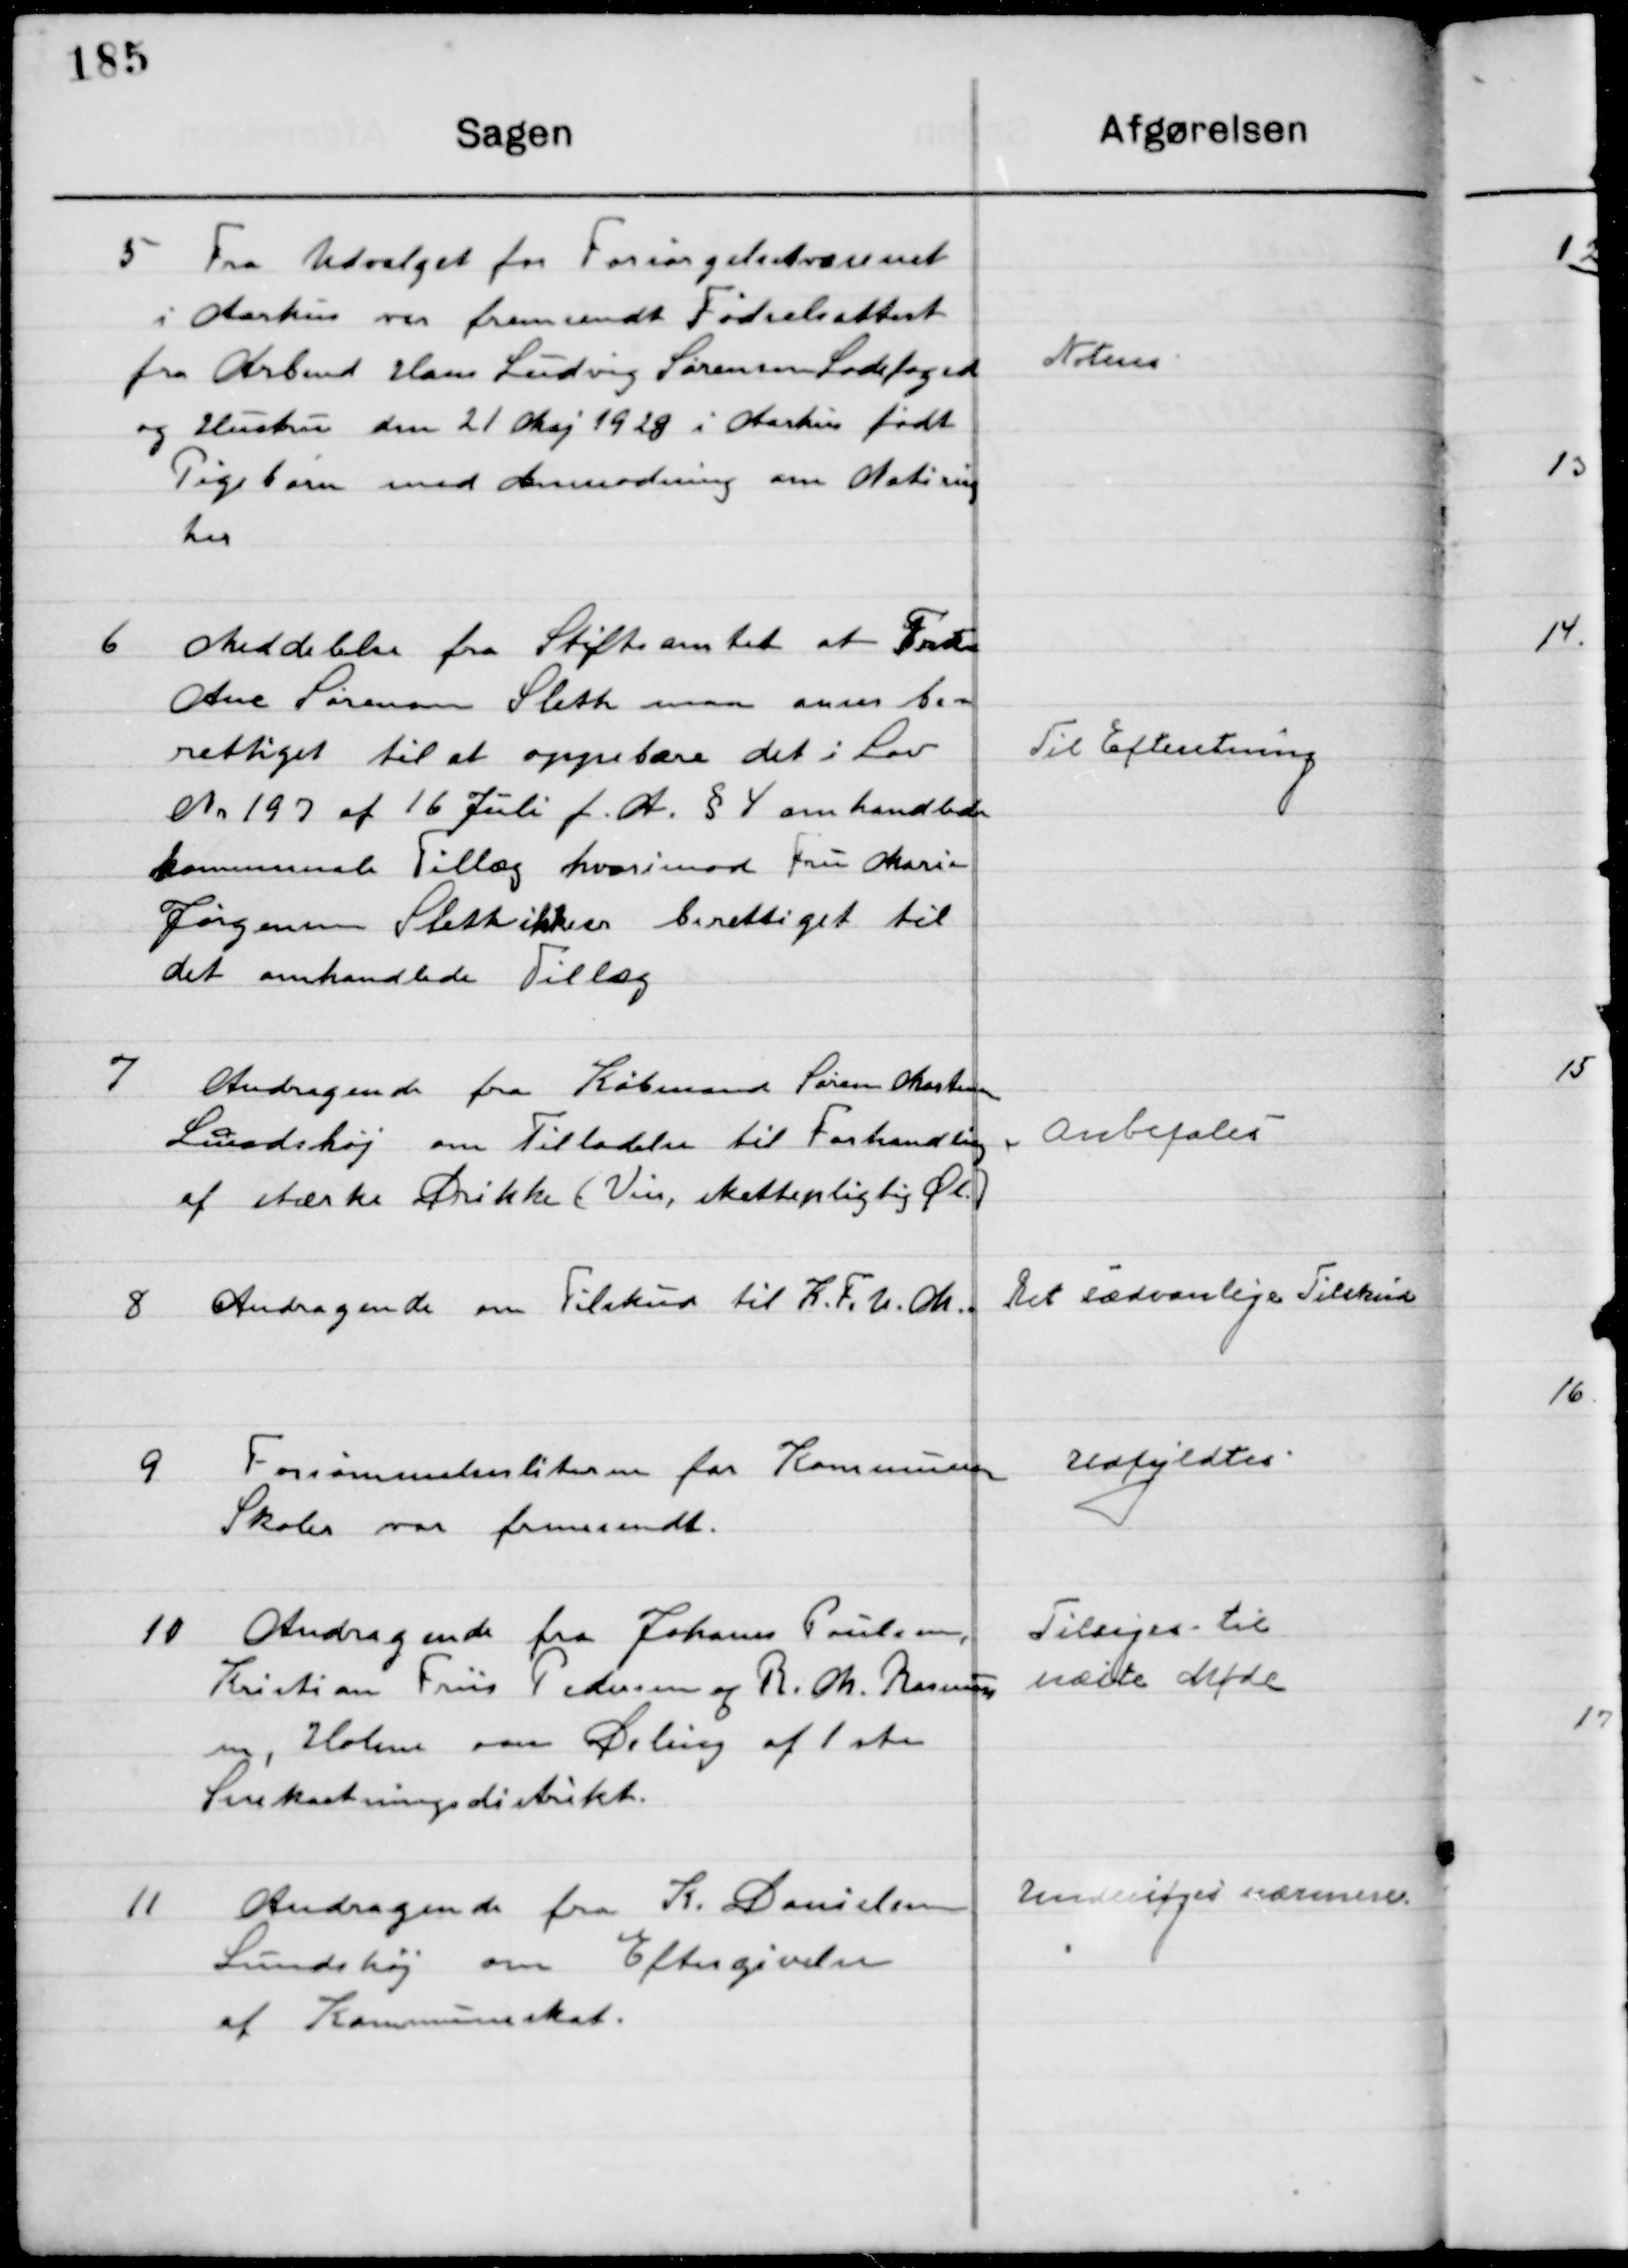
Transskription:
5

Fra Udvalget for Forsørgelsesvæsenet 
I Aarhus var fremsendt fødselsattest
Fra Arbmd. Hans Ludvig Sørensen Ladefoged
og Hustru den 21 Maj 1928 i Aarhus født
Pigebarn med Anmodning om Notering 
her.

Noteres

6

Meddelelse fra Stiftsamtet at Frk.
Ane Sørensen Sleth man anser be-
rettiget til at oppebære det i Lov
Nr. 197 af 16 Juli f. A. § 4 omhandlende 
Kommunal Tillæg hvori mod Fru Marie
Jørgensen Sleth ikke er berettiget til
Det omhandlede Tillæg.

Til Efterretning

7

Andragende fra Købmand Søren Andersen
Sundshøj om Tilladelse til forhandling
Af stærke Drikke (Vin, skattepligtig Øl)

Anbefales

8

Andragende om Tilskud til K.F.U.M.

Det sædvanlige Tilskud

9

Forsømmelseslisterne for Kommunens 
Skoler var fremsendt.

Udfyldtes

10

Andragende fra Johan Poulsen
Kristian Friis Pedersen og R. Ch. Rasmus-
sen, Holme om Deling af 1ste
Snekastningsdistrikt.

Tilsiges til
Næste Møde

11

Andragende fra K. Danielsen
Sundshøj om Eftergivelse
 af Kommuneskat.

Undersøges nærmere